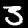
Label: 3